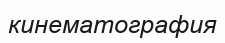
кинематография